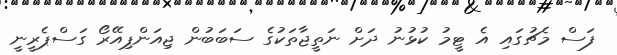
ފަސް މެޗުގައި އެ ޓީމު ކުޅުނު ދަށް ނަތީޖާތަކުގެ ސަބަބުން ޖިއަންޕިއޭރޯ ގަސްޕެރީނީ